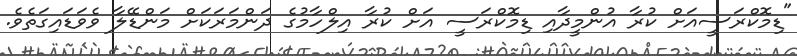
"ޑިމޮކްރަސީއަށް ކުރާ އުންމީދާއި ޑިމޮކްރަސީ އަށް ކުރާ އިލްހާމުގެ ދަންމަރަކަށް މަންޑޭލާ ވެވަޑައިގަތެވެ.